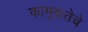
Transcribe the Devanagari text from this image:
कामुकतेचे